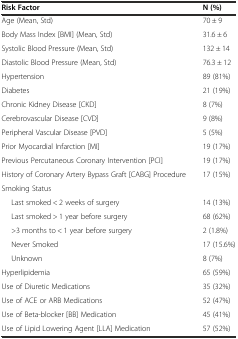
<table><thead><tr><td><b>Risk Factor</b></td><td><b>N (%)</b></td></tr></thead><tbody><tr><td>Age (Mean, Std)</td><td>70 ± 9</td></tr><tr><td>Body Mass Index [BMI] (Mean, Std)</td><td>31.6 ± 6</td></tr><tr><td>Systolic Blood Pressure (Mean, Std)</td><td>132 ± 14</td></tr><tr><td>Diastolic Blood Pressure (Mean, Std)</td><td>76.3 ± 12</td></tr><tr><td>Hypertension</td><td>89 (81%)</td></tr><tr><td>Diabetes</td><td>21 (19%)</td></tr><tr><td>Chronic Kidney Disease [CKD]</td><td>8 (7%)</td></tr><tr><td>Cerebrovascular Disease [CVD]</td><td>9 (8%)</td></tr><tr><td>Peripheral Vascular Disease [PVD]</td><td>5 (5%)</td></tr><tr><td>Prior Myocardial Infarction [MI]</td><td>19 (17%)</td></tr><tr><td>Previous Percutaneous Coronary Intervention [PCI]</td><td>19 (17%)</td></tr><tr><td>History of Coronary Artery Bypass Graft [CABG] Procedure</td><td>17 (15%)</td></tr><tr><td>Smoking Status</td><td></td></tr><tr><td>Last smoked &lt; 2 weeks of surgery</td><td>14 (13%)</td></tr><tr><td>Last smoked &gt; 1 year before surgery</td><td>68 (62%)</td></tr><tr><td>&gt;3 months to &lt; 1 year before surgery</td><td>2 (1.8%)</td></tr><tr><td>Never Smoked</td><td>17 (15.6%)</td></tr><tr><td>Unknown</td><td>8 (7%)</td></tr><tr><td>Hyperlipidemia</td><td>65 (59%)</td></tr><tr><td>Use of Diuretic Medications</td><td>35 (32%)</td></tr><tr><td>Use of ACE or ARB Medications</td><td>52 (47%)</td></tr><tr><td>Use of Beta-blocker [BB] Medication</td><td>45 (41%)</td></tr><tr><td>Use of Lipid Lowering Agent [LLA] Medication</td><td>57 (52%)</td></tr></tbody></table>